Indian journal of veterinary science and animal husbandry - Volume 1,
Year: 1931
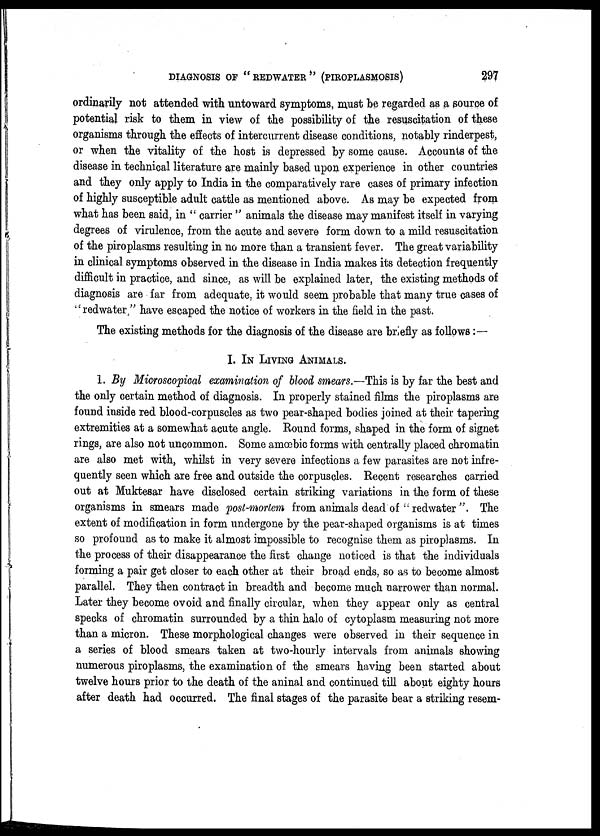
DIAGNOSIS OF " REDWATER " (PIROPLASMOSIS)
297
ordinarily not attended with untoward symptoms, must be regarded as a source of
potential risk to them in view of the possibility of the resuscitation of these
organisms through the effects of intercurrent disease conditions, notably rinderpest,
or when the vitality of the host is depressed by some cause. Accounts of the
disease in technical literature are mainly based upon experience in other countries
and they only apply to India in the comparatively rare cases of primary infection
of highly susceptible adult cattle as mentioned above. As may be expected from
what has been said, in " carrier " animals the disease may manifest itself in varying
degrees of virulence, from the acute and severe form down to a mild resuscitation
of the piroplasms resulting in no more than a transient fever. The great variability
in clinical symptoms observed in the disease in India makes its detection frequently
difficult in practice, and since, as will be explained later, the existing methods of
diagnosis are far from adequate, it would seem probable that many true cases of
"redwater " have escaped the notice of workers in the field in the past.
The existing methods for the diagnosis of the disease are briefly as follows :—
I. IN LIVING ANIMALS.
1. By Microscopical examination of blood smears.—This is by far the best and
the only certain method of diagnosis. In properly stained films the piroplasms are
found inside red blood-corpuscles as two pear-shaped bodies joined at their tapering
extremities at a somewhat acute angle. Round forms, shaped in the form of signet
rings, are also not uncommon. Some amœbic forms with centrally placed chromatin
are also met with, whilst in very severe infections a few parasites are not infre-
quently seen which are free and outside the corpuscles. Recent researches carried
out at Muktesar have disclosed certain striking variations in the form of these
organisms in smears made post-mortem from animals dead of "redwater ". The
extent of modification in form undergone by the pear-shaped organisms is at times
so profound as to make it almost impossible to recognise them as piroplasms. In
the process of their disappearance the first change noticed is that the individuals
forming a pair get closer to each other at their broad ends, so as to become almost
parallel. They then contract in breadth and become much narrower than normal.
Later they become ovoid and finally circular, when they appear only as central
specks of chromatin surrounded by a thin halo of cytoplasm measuring not more
than a micron. These morphological changes were observed in their sequence in
a series of blood smears taken at two-hourly intervals from animals showing
numerous piroplasms, the examination of the smears having been started about
twelve hours prior to the death of the aninal and continued till about eighty hours
after death had occurred. The final stages of the parasite bear a striking resem-